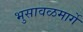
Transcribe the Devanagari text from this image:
भुसावळमार्गे